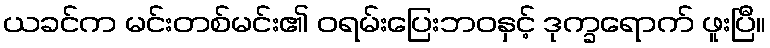
ယခင်က မင်းတစ်မင်း၏ ဝရမ်းပြေးဘဝနှင့် ဒုက္ခရောက် ဖူးပြီ။